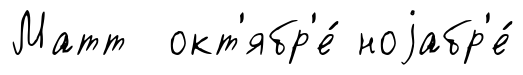
Матт окт'ябр'е́ ноjабр'е́